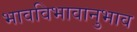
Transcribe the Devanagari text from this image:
भावविभावानुभाव